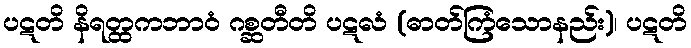
ပဋတိ နိရတ္ထကဘာဝံ ဂစ္ဆတီတိ ပဋလံ (ဓာတ်ကြံသောနည်း)၊ ပဋတိ